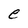
Character: e